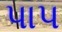
પાપ